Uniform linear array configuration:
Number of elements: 24
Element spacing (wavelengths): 1
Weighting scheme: blackman
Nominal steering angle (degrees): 45
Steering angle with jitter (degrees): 44.433
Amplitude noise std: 0.05
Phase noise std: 0.05

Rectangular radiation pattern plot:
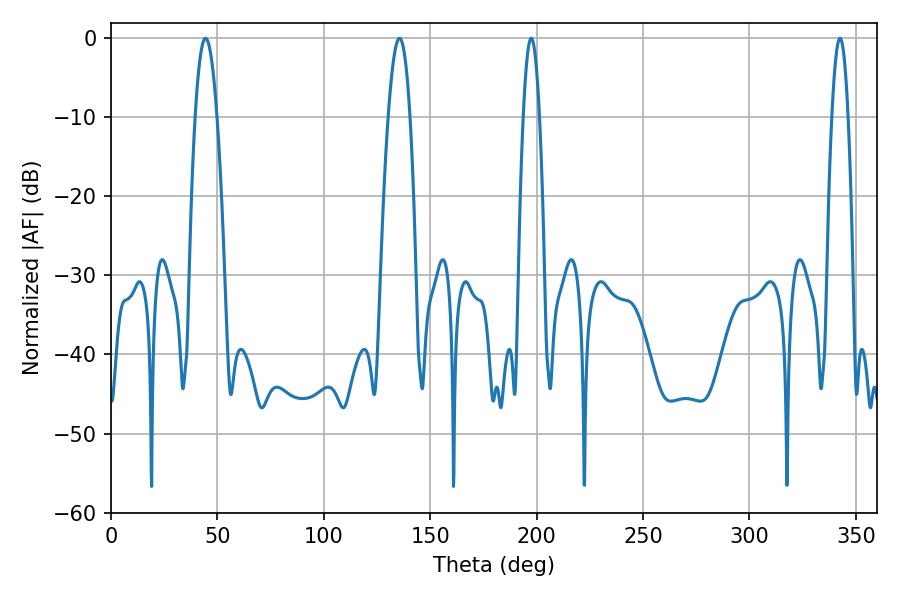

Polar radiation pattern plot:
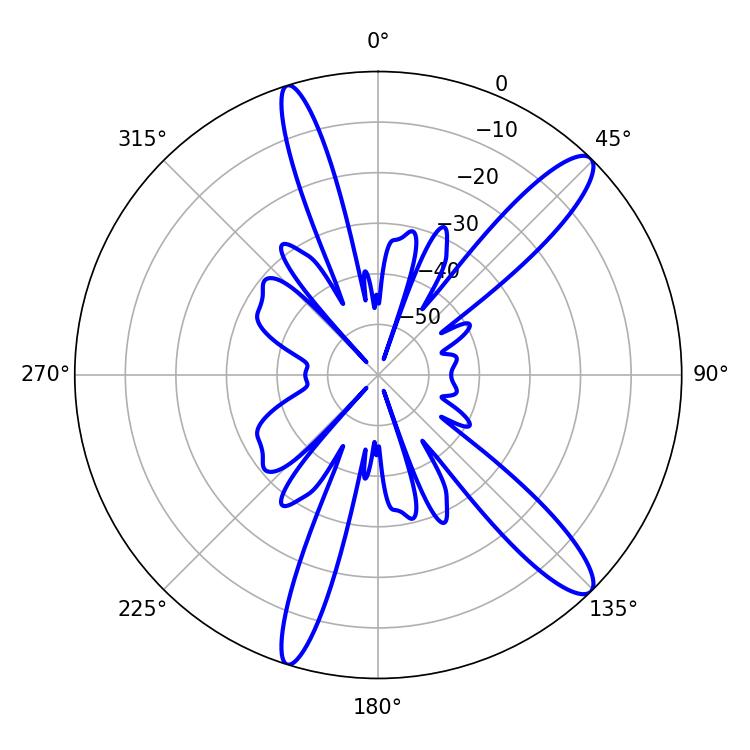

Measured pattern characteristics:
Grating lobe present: TRUE
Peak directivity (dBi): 12.972
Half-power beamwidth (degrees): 4.14
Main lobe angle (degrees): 197.46